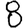
Digit: 8